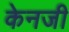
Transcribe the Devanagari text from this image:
केनजी